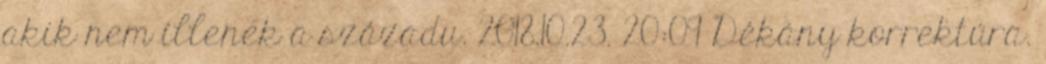
akik nem illenek a századu. 2018.10.23. 20:09 Dékány korrektúra.